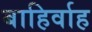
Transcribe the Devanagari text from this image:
बाहिर्वाह